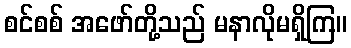
စင်စစ် အဖော်တို့သည် မနာလိုမရှိကြ။